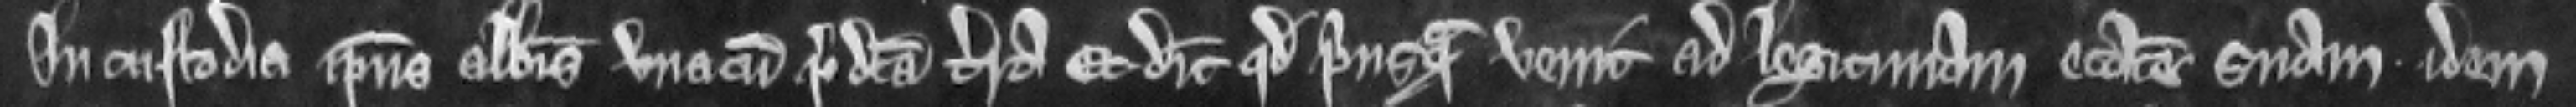
in custodia ipsius Abbatis una cum predicta terra. Et dicit quod priusquam venit at legitimam etatem suam idem